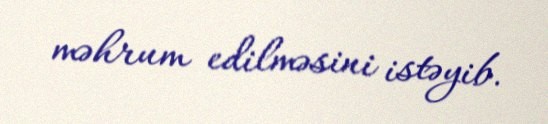
məhrum edilməsini istəyib.